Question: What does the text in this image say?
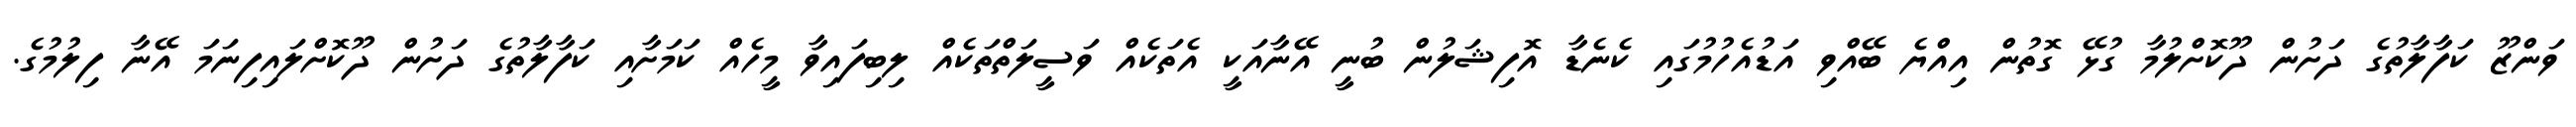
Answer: ވަންޒޫ ކަފާލާތުގެ ދަށުން ދޫކޮށްލުމާ ގުޅޭ ގޮތުން އިއްޔެ ބޭއްވި އަޑުއެހުމުގައި ކެނެޑާ އޮފިޝަލުން ބުނީ އޭނާއަކީ އެތަކެއް ވަސީލަތްތަކެއް ލިބިފައިވާ މީހެއް ކަމަށާއި ކަފާލާތުގެ ދަށުން ދޫކޮށްލައިފިނަމަ އޭނާ ފިލުމުގެ.